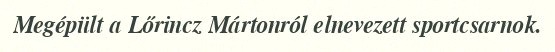
Megépült a Lőrincz Mártonról elnevezett sportcsarnok.